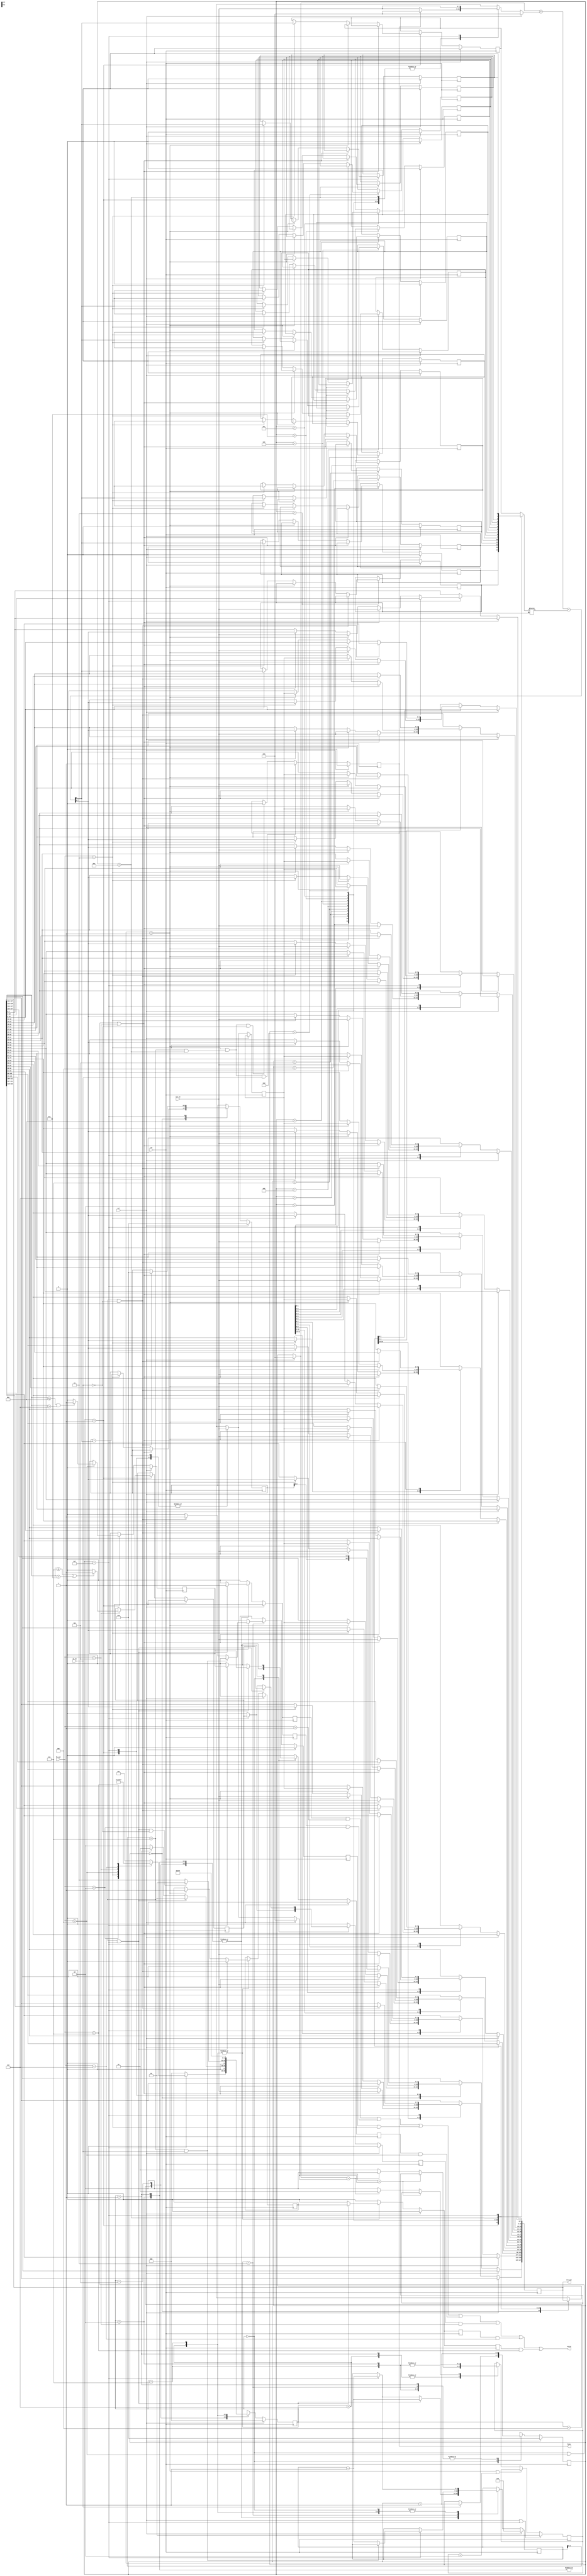
`timescale 1ns/10ps
module IOTDF( clk, rst, in_en, iot_in, fn_sel, busy, valid, iot_out);
input          clk;
input          rst;
input          in_en;
input  [7:0]   iot_in;
input  [2:0]   fn_sel;
output         busy;
output         valid;
output reg [127:0] iot_out;

parameter GETDATA = 3'b000;
parameter Fun1 = 3'b001;
parameter Fun2 = 3'b010;
parameter Fun3 = 3'b011;
parameter Fun4 = 3'b100;
parameter Fun5 = 3'b101;
parameter Fun6 = 3'b110;
parameter Fun7 = 3'b111;


reg f1_ret, f2_ret, f3_ret, f4_ret, f5_ret, f6_ret, f7_ret, hold;
reg cin_0, cin_1, cin_2, cin_3, cin_4, cin_5, cin_6, cin_7, cin_8, cin_9, cin_10, cin_11, cin_12, cin_13, cin_14, cin_15, cin;
reg excludeable, extractable, peak_change;
reg [1:0] shift;
reg [7:0] compare1, compare2, iot_max_8_bit, iot_previous_8_bit;
reg [2:0] state, nextState;
reg [3:0] ith_cycle, MSB3;
reg [6:0] dataset_num; //total 96
reg [7:0] adder1, adder2;
wire [8:0] adder;

wire compare, getdata, equal, extract, exclude, avg;
wire [3:0] F4_low, F4_high, F5_low, F5_high;
assign compare = compare1 > compare2;
assign equal = (compare1 == compare2);
assign adder = adder1 + adder2 + cin;
assign busy = hold;
assign getdata = (state == GETDATA);
assign extract = (fn_sel == 4);
assign exclude = (fn_sel == 5);
assign avg     = (fn_sel == 3);
assign F4_low = 6;
assign F4_high = 10;
assign F5_low = 7;
assign F5_high = 11;

assign valid = (f1_ret && (fn_sel == 1)) || (f2_ret&& (fn_sel == 2)) || (f3_ret&& (fn_sel == 3)) || (f4_ret&& (fn_sel == 4)) || (f5_ret&& (fn_sel == 5)) || (f6_ret&& (fn_sel == 6)) || (f7_ret&& (fn_sel == 7));


always@(posedge clk)begin
	if(rst)
		hold <= 0;
	else if((fn_sel == 3)&&(dataset_num[2:0] == 7 && ith_cycle == 14)&& in_en)
		hold <= 1;
	else if((fn_sel == 3)&&(dataset_num[2:0] == 7 && ith_cycle == 14)&& !in_en)
		hold <= 0;
	else
		hold <= hold;
	
end
always@(posedge clk)begin
	//shift 0 ==> unknown, shift 1 ==> shift, shift 2 ==>not shift
	if(rst || ith_cycle == 15)
		shift <= 0;
	else if(shift == 1 || shift == 2)
		shift <= shift;
	else
		case(state)
			Fun1:begin
				if(equal)
					shift <= shift;
				else if(compare)
					shift <= 2;
				else
					shift <= 1;
					
			end
			Fun2:begin
				if(equal)
					shift <= shift;
				else if(compare)
					shift <= 1;
				else
					shift <= 2;
					
			end
			Fun6:begin
				if(equal)
					shift <= shift;
				else if(compare)
					shift <= 2;
				else
					shift <= 1;
					
			end
			Fun7:begin
				if(equal)
					shift <= shift;
				else if(compare)
					shift <= 1;
				else
					shift <= 2;
					
			end
		endcase
end
always@(state, fn_sel, ith_cycle)begin
	case(state)
		GETDATA:begin
			if(ith_cycle == 15)
				case(fn_sel)
					1:nextState = Fun1;
					2:nextState = Fun2;
					3:nextState = Fun3;
					4:nextState = Fun4;
					5:nextState = Fun5;
					6:nextState = Fun6;
					7:nextState = Fun7;
					default: nextState = Fun1;
				endcase
			else
				nextState = GETDATA;
			
		end
		Fun1, Fun2:begin
			if(dataset_num[2:0] == 7 && ith_cycle == 15)begin
					nextState = GETDATA;
				end
			else if(state == Fun1)
				nextState = Fun1;
			else
				nextState = Fun2;
				
		end
		Fun3:begin
			if(dataset_num[2:0] == 7 && ith_cycle == 15 && !in_en)begin
					nextState = GETDATA;
			end
			else
				nextState = Fun3;
		end
		Fun4:
			nextState = Fun4;
		Fun5:
			nextState = Fun5;
		Fun6:
			nextState = Fun6;
		Fun7:
			nextState = Fun7;
		default:
			nextState = 0;
	endcase
end

always@(posedge clk)begin
	if(rst)
		state <= 0;
	else
		state <= nextState;
end

always@(posedge clk)begin
	if(rst)begin
		extractable <= 0;
		excludeable <= 0;
		MSB3 <= 0;
		cin_0 <= 0;
		cin_1 <= 0;
		cin_2 <= 0;
		cin_3 <= 0;
		cin_4 <= 0;
		cin_5 <= 0;
		cin_6 <= 0;
		cin_7 <= 0;
		cin_8 <= 0;
		cin_9 <= 0;
		cin_10 <= 0;
		cin_11 <= 0;
		cin_12 <= 0;
		cin_13 <= 0;
		cin_14 <= 0;
		cin_15 <= 0;
	end
	
	else
		case(ith_cycle)
			0:begin
				if(getdata || extract || exclude)
					iot_out[127:120] <= iot_in;
					
				else if(avg)begin
					iot_out[127:120] <= adder[7:0];
					MSB3 <= MSB3 + adder[8];
				end
				else	
					iot_out[127:120] <= iot_out[127:120];
				iot_max_8_bit <= iot_in;
				iot_previous_8_bit <= iot_in;
				
			end
			1:begin 
				if(getdata || extract || exclude)
					iot_out[119:112] <= iot_in;
				else if(shift == 1)begin
					iot_out[119:112] <= iot_in;
					
					iot_out[127:120] <= iot_previous_8_bit;
				end
				else if(avg)begin
					iot_out[119:112] <= adder[7:0];
					cin_1 <= adder[8];
				end
				else
					iot_out[119:112] <= iot_out[119:112];
				if(extract)begin
					if(iot_out[127:124] <= F4_high && iot_out[127:124] > F4_low)
						extractable <= 1;
					else
						extractable <= 0;
				end
				if(exclude)begin
					if(iot_out[127:124] <= F5_low || iot_out[127:124] > F5_high)
						excludeable <= 1;
					else
						excludeable <= 0;
				end
				iot_previous_8_bit <= iot_in;
				
			end
			2:begin
				if(getdata || extract || exclude)
					iot_out[111:104] <= iot_in;
				else if(shift == 1)begin
					iot_out[111:104] <= iot_in;
					iot_out[119:112] <= iot_previous_8_bit;
				end
				else if(avg)begin
					iot_out[111:104] <= adder[7:0];
					cin_2 <= adder[8];
				end
				else
					iot_out[111:104] <= iot_out[111:104];
				iot_previous_8_bit <= iot_in;
			end
			3:begin
				if(getdata || extract || exclude)
					iot_out[103:96] <= iot_in;
				else if(shift == 1)begin
					iot_out[103:96] <= iot_in;
					iot_out[111:104] <= iot_previous_8_bit;
				end
				else if(avg)begin
					iot_out[103:96] <= adder[7:0];
					cin_3 <= adder[8];
				end
				else
					iot_out[103:96] <= iot_out[103:96];
				iot_previous_8_bit <= iot_in;
			end
			4:begin
				if(getdata || extract || exclude)
					iot_out[95:88] <= iot_in;
				else if(shift == 1)begin
					iot_out[95:88] <= iot_in;
					iot_out[103:96] <= iot_previous_8_bit;
				end
				else if(avg)begin
					iot_out[95:88] <= adder[7:0];
					cin_4 <= adder[8];
				end
				else
					iot_out[95:88] <= iot_out[95:88];
				iot_previous_8_bit <= iot_in;
			end
			5:begin
				if(getdata || extract || exclude)
					iot_out[87:80] <= iot_in;
				else if(shift == 1)begin
					iot_out[87:80] <= iot_in;
					iot_out[95:88] <= iot_previous_8_bit;
				end
				else if(avg)begin
					iot_out[87:80] <= adder[7:0];
					cin_5 <= adder[8];
				end
				else
					iot_out[87:80] <= iot_out[87:80];
				iot_previous_8_bit <= iot_in;
			end
			6:begin
				if(getdata || extract || exclude)
					iot_out[79:72] <= iot_in;
				else if(shift == 1)begin
					iot_out[79:72] <= iot_in;
					iot_out[87:80] <= iot_previous_8_bit;
				end
				else if(avg)begin
					iot_out[79:72] <= adder[7:0];
					cin_6 <= adder[8];
				end
				else
					iot_out[79:72] <= iot_out[79:72];
				iot_previous_8_bit <= iot_in;
			end
			7:begin 
				if(getdata || extract || exclude)
					iot_out[71:64] <= iot_in;
				else if(shift == 1)begin
					iot_out[71:64] <= iot_in;
					iot_out[79:72] <= iot_previous_8_bit;
				end
				else if(avg)begin
					iot_out[71:64] <= adder[7:0];
					cin_7 <= adder[8];
				end
				else
					iot_out[71:64] <= iot_out[71:64];
				iot_previous_8_bit <= iot_in;
			end
			8:begin
				if(getdata || extract || exclude)
					iot_out[63:56] <= iot_in;
				else if(shift == 1)begin
					iot_out[63:56] <= iot_in;
					iot_out[71:64] <= iot_previous_8_bit;
				end
				else if(avg)begin
					iot_out[63:56] <= adder[7:0];
					cin_8 <= adder[8];
				end
				else
					iot_out[63:56] <= iot_out[63:56];
				iot_previous_8_bit <= iot_in;
			end
			9:begin
				if(getdata || extract || exclude)
					iot_out[55:48] <= iot_in;
				else if(shift == 1)begin
					iot_out[55:48] <= iot_in;
					iot_out[63:56] <= iot_previous_8_bit;
				end
				else if(avg)begin
					iot_out[55:48] <= adder[7:0];
					cin_9 <= adder[8];
				end
				else
					iot_out[55:48] <= iot_out[55:48];
				iot_previous_8_bit <= iot_in;
			end
			10:begin
				if(getdata || extract || exclude)
					iot_out[47:40] <= iot_in;
				else if(shift == 1)begin
					iot_out[47:40] <= iot_in;
					iot_out[55:48] <= iot_previous_8_bit;
				end
				else if(avg)begin
					iot_out[47:40] <= adder[7:0];
					cin_10 <= adder[8];
				end
				else
					iot_out[47:40] <= iot_out[47:40];
				iot_previous_8_bit <= iot_in;
			end
			11:begin
				if(getdata || extract || exclude)
					iot_out[39:32] <= iot_in;
				else if(shift == 1)begin
					iot_out[39:32] <= iot_in;
					iot_out[47:40] <= iot_previous_8_bit;
				end
				else if(avg)begin
					iot_out[39:32] <= adder[7:0];
					cin_11 <= adder[8];
				end
				else
					iot_out[39:32] <= iot_out[39:32];
				iot_previous_8_bit <= iot_in;
			end
			12:begin
				if(getdata || extract || exclude)
					iot_out[31:24] <= iot_in;
				else if(shift == 1)begin
					iot_out[31:24] <= iot_in;
					iot_out[39:32] <= iot_previous_8_bit;
				end
				else if(avg)begin
					iot_out[31:24] <= adder[7:0];
					cin_12 <= adder[8];
				end
				else
					iot_out[31:24] <= iot_out[31:24];
				iot_previous_8_bit <= iot_in;
			end
			13:begin
				if(getdata || extract || exclude)
					iot_out[23:16] <= iot_in;
				else if(shift == 1)begin
					iot_out[23:16] <= iot_in;
					iot_out[31:24] <= iot_previous_8_bit;
				end
				else if(avg)begin
					iot_out[23:16] <= adder[7:0];
					cin_13 <= adder[8];
				end
				else
					iot_out[23:16] <= iot_out[23:16];
				iot_previous_8_bit <= iot_in;
			end
			14:begin
				if(getdata || extract || exclude)
					iot_out[15:8] <= iot_in;
				else if(shift == 1)begin
					iot_out[15:8] <= iot_in;
					iot_out[23:16] <= iot_previous_8_bit;
				end
				else if(avg)begin
					iot_out[15:8] <= adder[7:0];
					cin_14 <= adder[8];
				end
				else
					iot_out[15:8] <= iot_out[15:8];
				iot_previous_8_bit <= iot_in;
			end
			15:begin
				if(getdata || extract || exclude)
					iot_out[7:0] <= iot_in;
				else if(shift == 1)begin
					iot_out[7:0] <= iot_in;
					iot_out[15:8] <= iot_previous_8_bit;
				end
				else if(avg)begin
					iot_out[7:0] <= adder[7:0];
					cin_15 <= adder[8];
				end
				else
					iot_out[7:0] <= iot_out[7:0];
				iot_previous_8_bit <= iot_in;
				if(dataset_num[2:0] == 7 && !in_en)begin
				
					iot_out <= {MSB3[2:0],iot_out[127:3]};
					MSB3 <= 0;
				end
			end
		endcase
end

always@(iot_out, iot_in, rst,ith_cycle)begin
	if(rst)begin
		compare1 = 0;
		compare2 = 0;
		adder1 = 0;
		adder2 = 0;
	end
	else
		case(ith_cycle)
			0:begin
				compare1 = iot_out[127:120];
				compare2 = iot_in;
				adder1   = iot_out[127:120];
				if(hold)
					adder2 = 0;
				else
					adder2   = iot_in;
				cin      = cin_1;
			end
			1:begin 
				compare1 = iot_out[119:112];
				compare2 = iot_in;
				adder1   = iot_out[119:112];
				if(hold)
					adder2 = 0;
				else
					adder2   = iot_in;
				cin      = cin_2;
			end
			2:begin 
				compare1 = iot_out[111:104];
				compare2 = iot_in;
				adder1   = iot_out[111:104];
				if(hold)
					adder2 = 0;
				else
					adder2   = iot_in;
				cin      = cin_3;
			end
			3:begin 
				compare1 = iot_out[103:96];
				compare2 = iot_in;
				adder1   = iot_out[103:96];
				if(hold)
					adder2 = 0;
				else
					adder2   = iot_in;
				cin      = cin_4;
			end
			4:begin 
				compare1 = iot_out[95:88];
				compare2 = iot_in;
				adder1   = iot_out[95:88];
				if(hold)
					adder2 = 0;
				else
					adder2   = iot_in;
				cin      = cin_5;
			end
			5:begin 
				compare1 = iot_out[87:80];
				compare2 = iot_in;
				adder1   = iot_out[87:80];
				if(hold)
					adder2 = 0;
				else
					adder2   = iot_in;
				cin      = cin_6;
			end
			6:begin 
				compare1 = iot_out[79:72];
				compare2 = iot_in;
				adder1   = iot_out[79:72];
				if(hold)
					adder2 = 0;
				else
					adder2   = iot_in;
				cin      = cin_7;
			end
			7:begin 
				compare1 = iot_out[71:64];
				compare2 = iot_in;
				adder1   = iot_out[71:64];
				if(hold)
					adder2 = 0;
				else
					adder2   = iot_in;
				cin      = cin_8;
			end
			8:begin
				compare1 = iot_out[63:56];
				compare2 = iot_in;
				adder1   = iot_out[63:56];
				if(hold)
					adder2 = 0;
				else
					adder2   = iot_in;
				cin      = cin_9;
			end
			9:begin
				compare1 = iot_out[55:48];
				compare2 = iot_in;
				adder1   = iot_out[55:48];
				if(hold)
					adder2 = 0;
				else
					adder2   = iot_in;
				cin      = cin_10;
			end
			10:begin
				compare1 = iot_out[47:40];
				compare2 = iot_in;
				adder1   = iot_out[47:40];
				if(hold)
					adder2 = 0;
				else
					adder2   = iot_in;
				cin      = cin_11;
			end
			11:begin
				compare1 = iot_out[39:32];
				compare2 = iot_in;
				adder1   = iot_out[39:32];
				if(hold)
					adder2 = 0;
				else
					adder2   = iot_in;
				cin      = cin_12;
			end
			12:begin
				compare1 = iot_out[31:24];
				compare2 = iot_in;
				adder1   = iot_out[31:24];
				if(hold)
					adder2 = 0;
				else
					adder2   = iot_in;
				cin      = cin_13;
			end
			13:begin
				compare1 = iot_out[23:16];
				compare2 = iot_in;
				adder1   = iot_out[23:16];
				if(hold)
					adder2 = 0;
				else
					adder2   = iot_in;
				cin      = cin_14;
			end
			14:begin
				compare1 = iot_out[15:8];
				compare2 = iot_in;
				adder1   = iot_out[15:8];
				if(hold)
					adder2 = 0;
				else
					adder2   = iot_in;
				cin      = cin_15;
			end
			15:begin
				compare1 = iot_out[7:0];
				compare2 = iot_in;
				adder1   = iot_out[7:0];
				
				adder2   = iot_in;
				cin      = 0;
			end
		endcase
end

always@(posedge clk)begin
	f1_ret <= 0;
	f2_ret <= 0;
	f3_ret <= 0;
	f4_ret <= 0;
	f5_ret <= 0;
	f6_ret <= 0;
	f7_ret <= 0;
	
	ith_cycle <= 0;
	if(rst)begin
		dataset_num <= 0;
		peak_change <= 0;
		
	end
	else 
		case(state)
			GETDATA:begin
				if(in_en)
					ith_cycle <= ith_cycle + 1;
				else
					ith_cycle <= ith_cycle;
				if(ith_cycle == 15)begin
					dataset_num <= dataset_num + 1;
					f4_ret <= extractable;
					f5_ret <= excludeable;
				end
				else	
					dataset_num <= dataset_num;
				
			end
			Fun1, Fun2 ,Fun4, Fun5:begin
				if(dataset_num[2:0] == 7 && ith_cycle == 15)begin
					f1_ret <= 1;
					f2_ret <= 1;
					f4_ret <= extractable;
					f5_ret <= excludeable;
					dataset_num <= dataset_num + 1;
					
				end
				else if(ith_cycle == 15)begin
					dataset_num <= dataset_num + 1;
					f4_ret <= extractable;
					f5_ret <= excludeable;
					
				end	
				else begin
					dataset_num <= dataset_num;
				end
				ith_cycle <= ith_cycle + 1;
			end
			Fun3:begin
				
				if(ith_cycle == 15)begin
					if(dataset_num[2:0] == 7 && in_en)begin
						dataset_num <= dataset_num;
					end
					else if(dataset_num[2:0] == 7 && !in_en)begin
						f3_ret <= 1;
						dataset_num <= dataset_num + 1;
					end
					else
						dataset_num <= dataset_num + 1;
				end
				ith_cycle <= ith_cycle + 1;
			end
			Fun6, Fun7:begin
				if(dataset_num[2:0] == 7 && ith_cycle == 15)begin
					f6_ret <= peak_change;
					f7_ret <= peak_change;
					peak_change <= 0;
					dataset_num <= dataset_num + 1;
				end
				else if(shift == 1)
					peak_change <= 1;
				if(ith_cycle == 15)begin
					dataset_num <= dataset_num + 1;
				end	
				else begin
					dataset_num <= dataset_num;
				end
				ith_cycle <= ith_cycle + 1;
				
				
			end
			
		endcase
			
end
endmodule